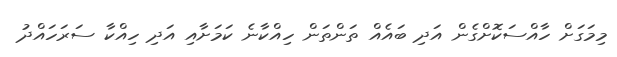
މިމަގަށް ހާއްސަކޮށްގެން އަދި ބައެއް ތަންތަން ހިއްކާނެ ކަމަށާއި އަދި ހިއްކާ ސަރަހައްދު